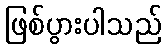
ဖြစ်ပွားပါသည်